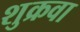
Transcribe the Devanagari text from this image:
शुक्रवा